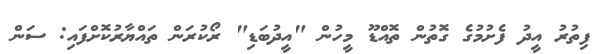
ފިތުރު އީދު ފެށުމުގެ ގޮތުން ތޮއްޑޫ މީހުން "އީދުބަޑި" ރޯކުރަން ތައްޔާރުކޮށްފައި: ސަން